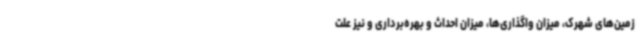
زمین‌های شهرک، میزان واگذاری‌ها، میزان احداث و بهره‌برداری و نیز علت